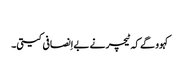
‏
کہوو گے کہ ٹیچر نے بےاِنصافی کیتی۔